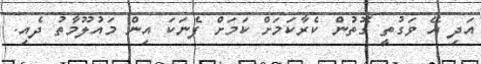
އަދި އޭ ވަގުތީ ގޮތުން ކެރާކަމަށް ކަމަށް ފެނަކަ އިން މައުލޫމާތު ދެއި.